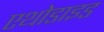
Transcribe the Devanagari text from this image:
एथोडाइड